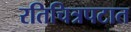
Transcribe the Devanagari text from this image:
रतिचित्रपटात